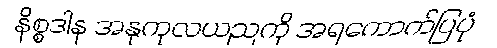
နိစ္စဒါန အနုကုလယညကို အရကောက်ပြပုံ